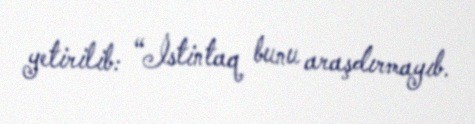
yetirilib: “İstintaq bunu araşdırmayıb.